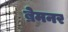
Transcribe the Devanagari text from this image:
ब्रेमनर